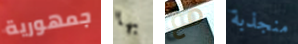
جمهورية بها مع منجذبة